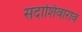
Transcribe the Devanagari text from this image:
सदाशिवाराव